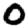
Digit: 0